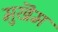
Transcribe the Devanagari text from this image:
मुखॆम